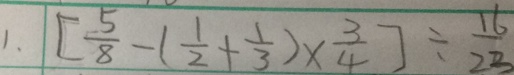
1 . [ \frac { 5 } { 8 } - ( \frac { 1 } { 2 } + \frac { 1 } { 3 } ) \times \frac { 3 } { 4 } ] \div \frac { 1 6 } { 2 3 }